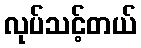
လုပ်သင့်တယ်